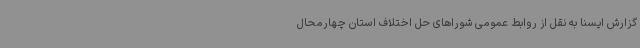
گزارش ایسنا به نقل از روابط عمومی شوراهای حل اختلاف استان چهارمحال